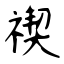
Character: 禊